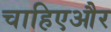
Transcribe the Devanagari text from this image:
चाहिएऔर